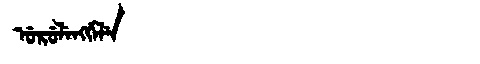
Manchu: ᡠᡵᡠᠯᡝᠩᡤᡝᠯᡝ
Romanization: URULENGGELE